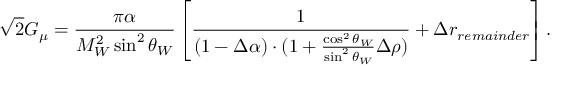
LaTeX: \sqrt { 2 } G _ { \mu } = \frac { \pi \alpha } { M _ { W } ^ { 2 } \sin ^ { 2 } \theta _ { W } } \left[ \frac { 1 } { ( 1 - \Delta \alpha ) \cdot ( 1 + \frac { \cos ^ { 2 } \theta _ { W } } { \sin ^ { 2 } \theta _ { W } } \Delta \rho ) } + \Delta r _ { r e m a i n d e r } \right] .